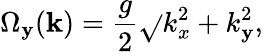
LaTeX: \Omega_{\mathbf{y}}(\mathbf{{k}})=\frac{{g}}{{2}}\sqrt{}{{k_{x}^{2}+k_{\mathbf{y}}^{2}}}\textrm{{,}}